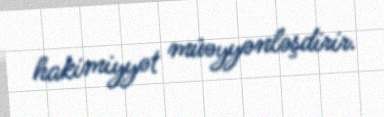
hakimiyyət müəyyənləşdirir.